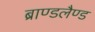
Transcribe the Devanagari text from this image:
ब्राण्डलैण्ड